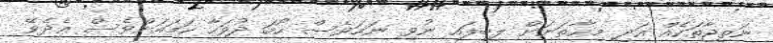
ނަތީޖާތަކެއް އަދި މިހާތަނަށް ލިބިފައި ނުވި ނަމަވެސް ހޯމަ ދުވަހާ ހަމައަށްވެސް އެދެވޭ